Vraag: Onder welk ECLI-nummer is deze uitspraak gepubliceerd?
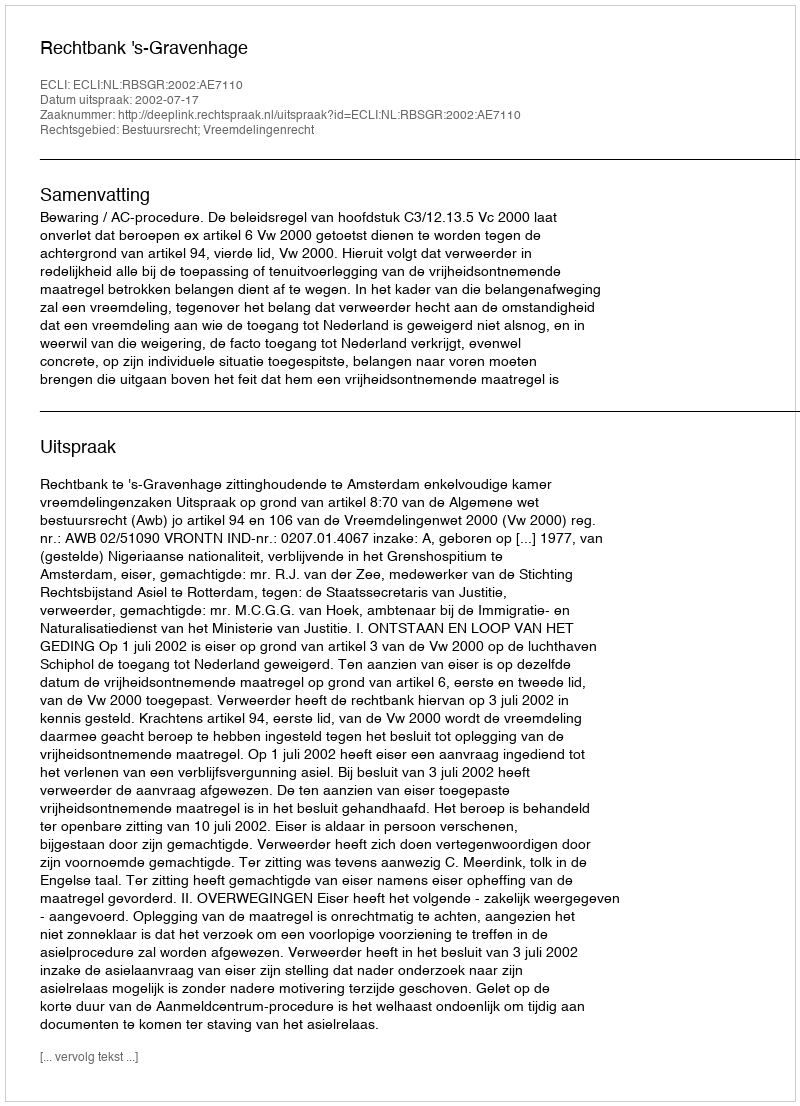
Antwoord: ECLI:NL:RBSGR:2002:AE7110